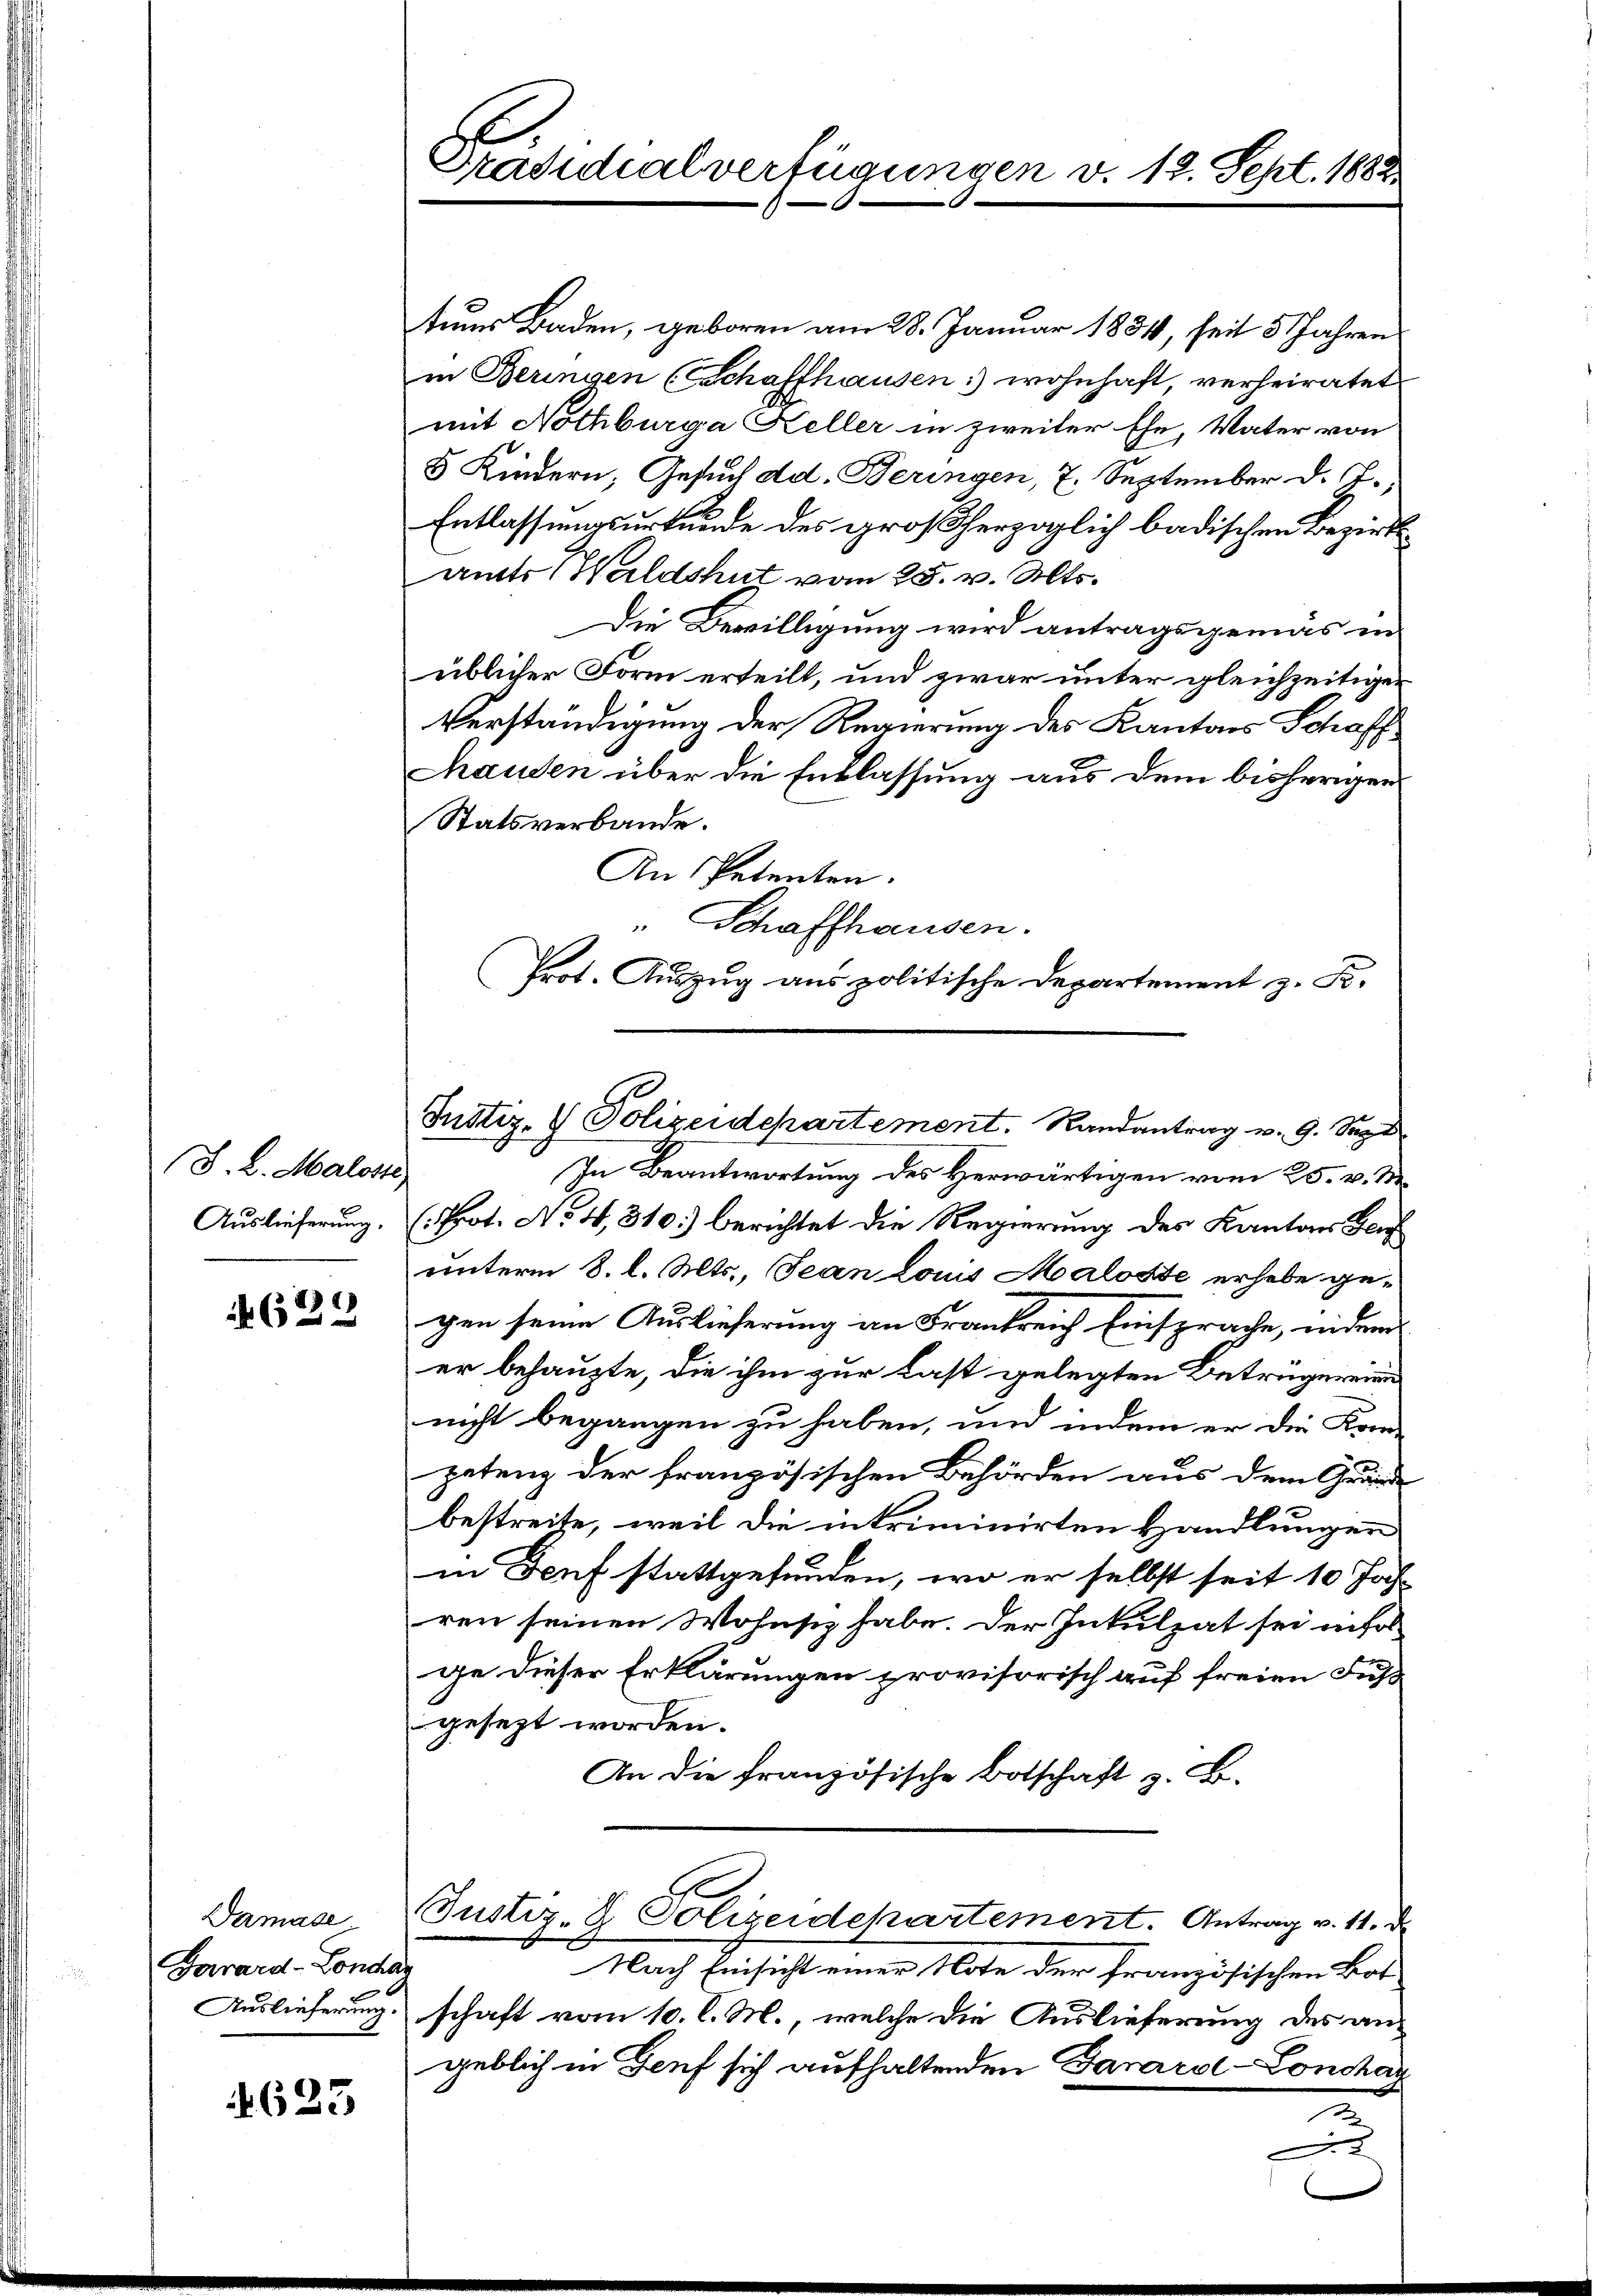
(J. L. Maloste
Auslieferung.

629

Damase
Garrard-Lonchar
Auslieferung.

623

Präsidialverfügungen v. 12. Sept. 1882

tuus Baden, geboren am 28. Januar 1834, seit 5 Jahren
in Beringen (Schaffhausen: wohnhaft, verheiratet
mit Nothburga Keller in zweiter Ehe, Vater von
8 Kindern, Gesuch dd. Beringen, 7. September d. J.
Entlassungsurkunde des großherzoglich badischen Bezirksamts 1 Waldshut vom 25. v. Mts.
Die Bewilligung wird antragsgemas in
üblicher Form erteilt, und zwar unter gleichzeitigen
Verständigung der Regierung des Kantons Schaff
Mauden über die Entlassung aus dem bisherigen
Statsverbande.
An Petenten.
Schaffhausen.
Prot. Auszug aus politische Departement z. B.
In Beantwortung des Herwärtigen vom 25. v. M.
(Prot. No. 4, 310.) berichtet die Regierung des Kantons Gen
unterm 8. l. Mts., Jean Louis Maloste erhebe gegen seine Auslieferung an Frankreich Einsprache, indem
er behaupte, die ihm zur Last gelegten Beträgerein
nicht begangen zu haben, und indem er die Kom-
petung der französischen Behörden aus dem Grund
bestreite, weil die intriminirten Handlungen
in Genf stattgefunden, wo er selbst seit 10 Jahren seinen Wohnsiz habe. Der Inkulpat sei infol
ge dieser Erklärungen provisorisch auf freien Fuß
gesezt worden.
An die französische Botschaft z. B.
Justiz- & Polizeidepartement. Antrag v. 11. d.
Nach Einsicht einer Note der französischen Bot
schaft vom 10. d. M., welche die Auslieferung des angeblich in Genf sich aufhaltenden Danarol-Lonshag
2
x

Justiz- & Polizeidepartement. Randantrag v. 9. Sept.